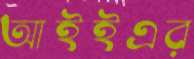
আইইএর